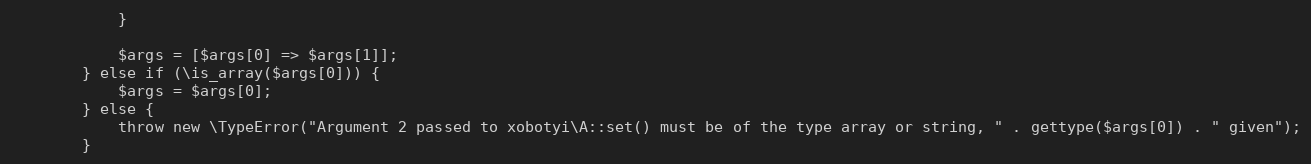
Language: PHP
            }

            $args = [$args[0] => $args[1]];
        } else if (\is_array($args[0])) {
            $args = $args[0];
        } else {
            throw new \TypeError("Argument 2 passed to xobotyi\A::set() must be of the type array or string, " . gettype($args[0]) . " given");
        }